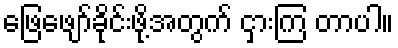
ဖြေဖျော်ခိုင်းဖို့အတွက် ငှားကြ တာပါ။